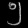
Digit: ၅